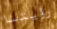
رؤيتنا